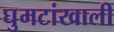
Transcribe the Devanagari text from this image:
घुमटांखाली